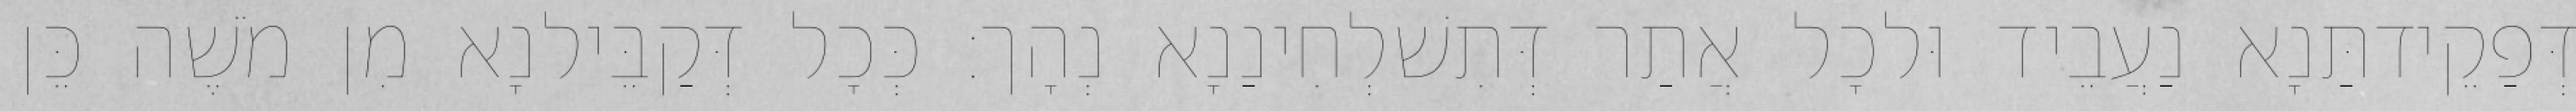
דְּפַקֵידתַּנָא נַעֲבֵיד וּלכָל אֲתַר דְּתִשׁלְחִינַנָא נְהָך׃ כְּכָל דְּקַבֵּילנָא מִן מֹשֶׁה כֵּן